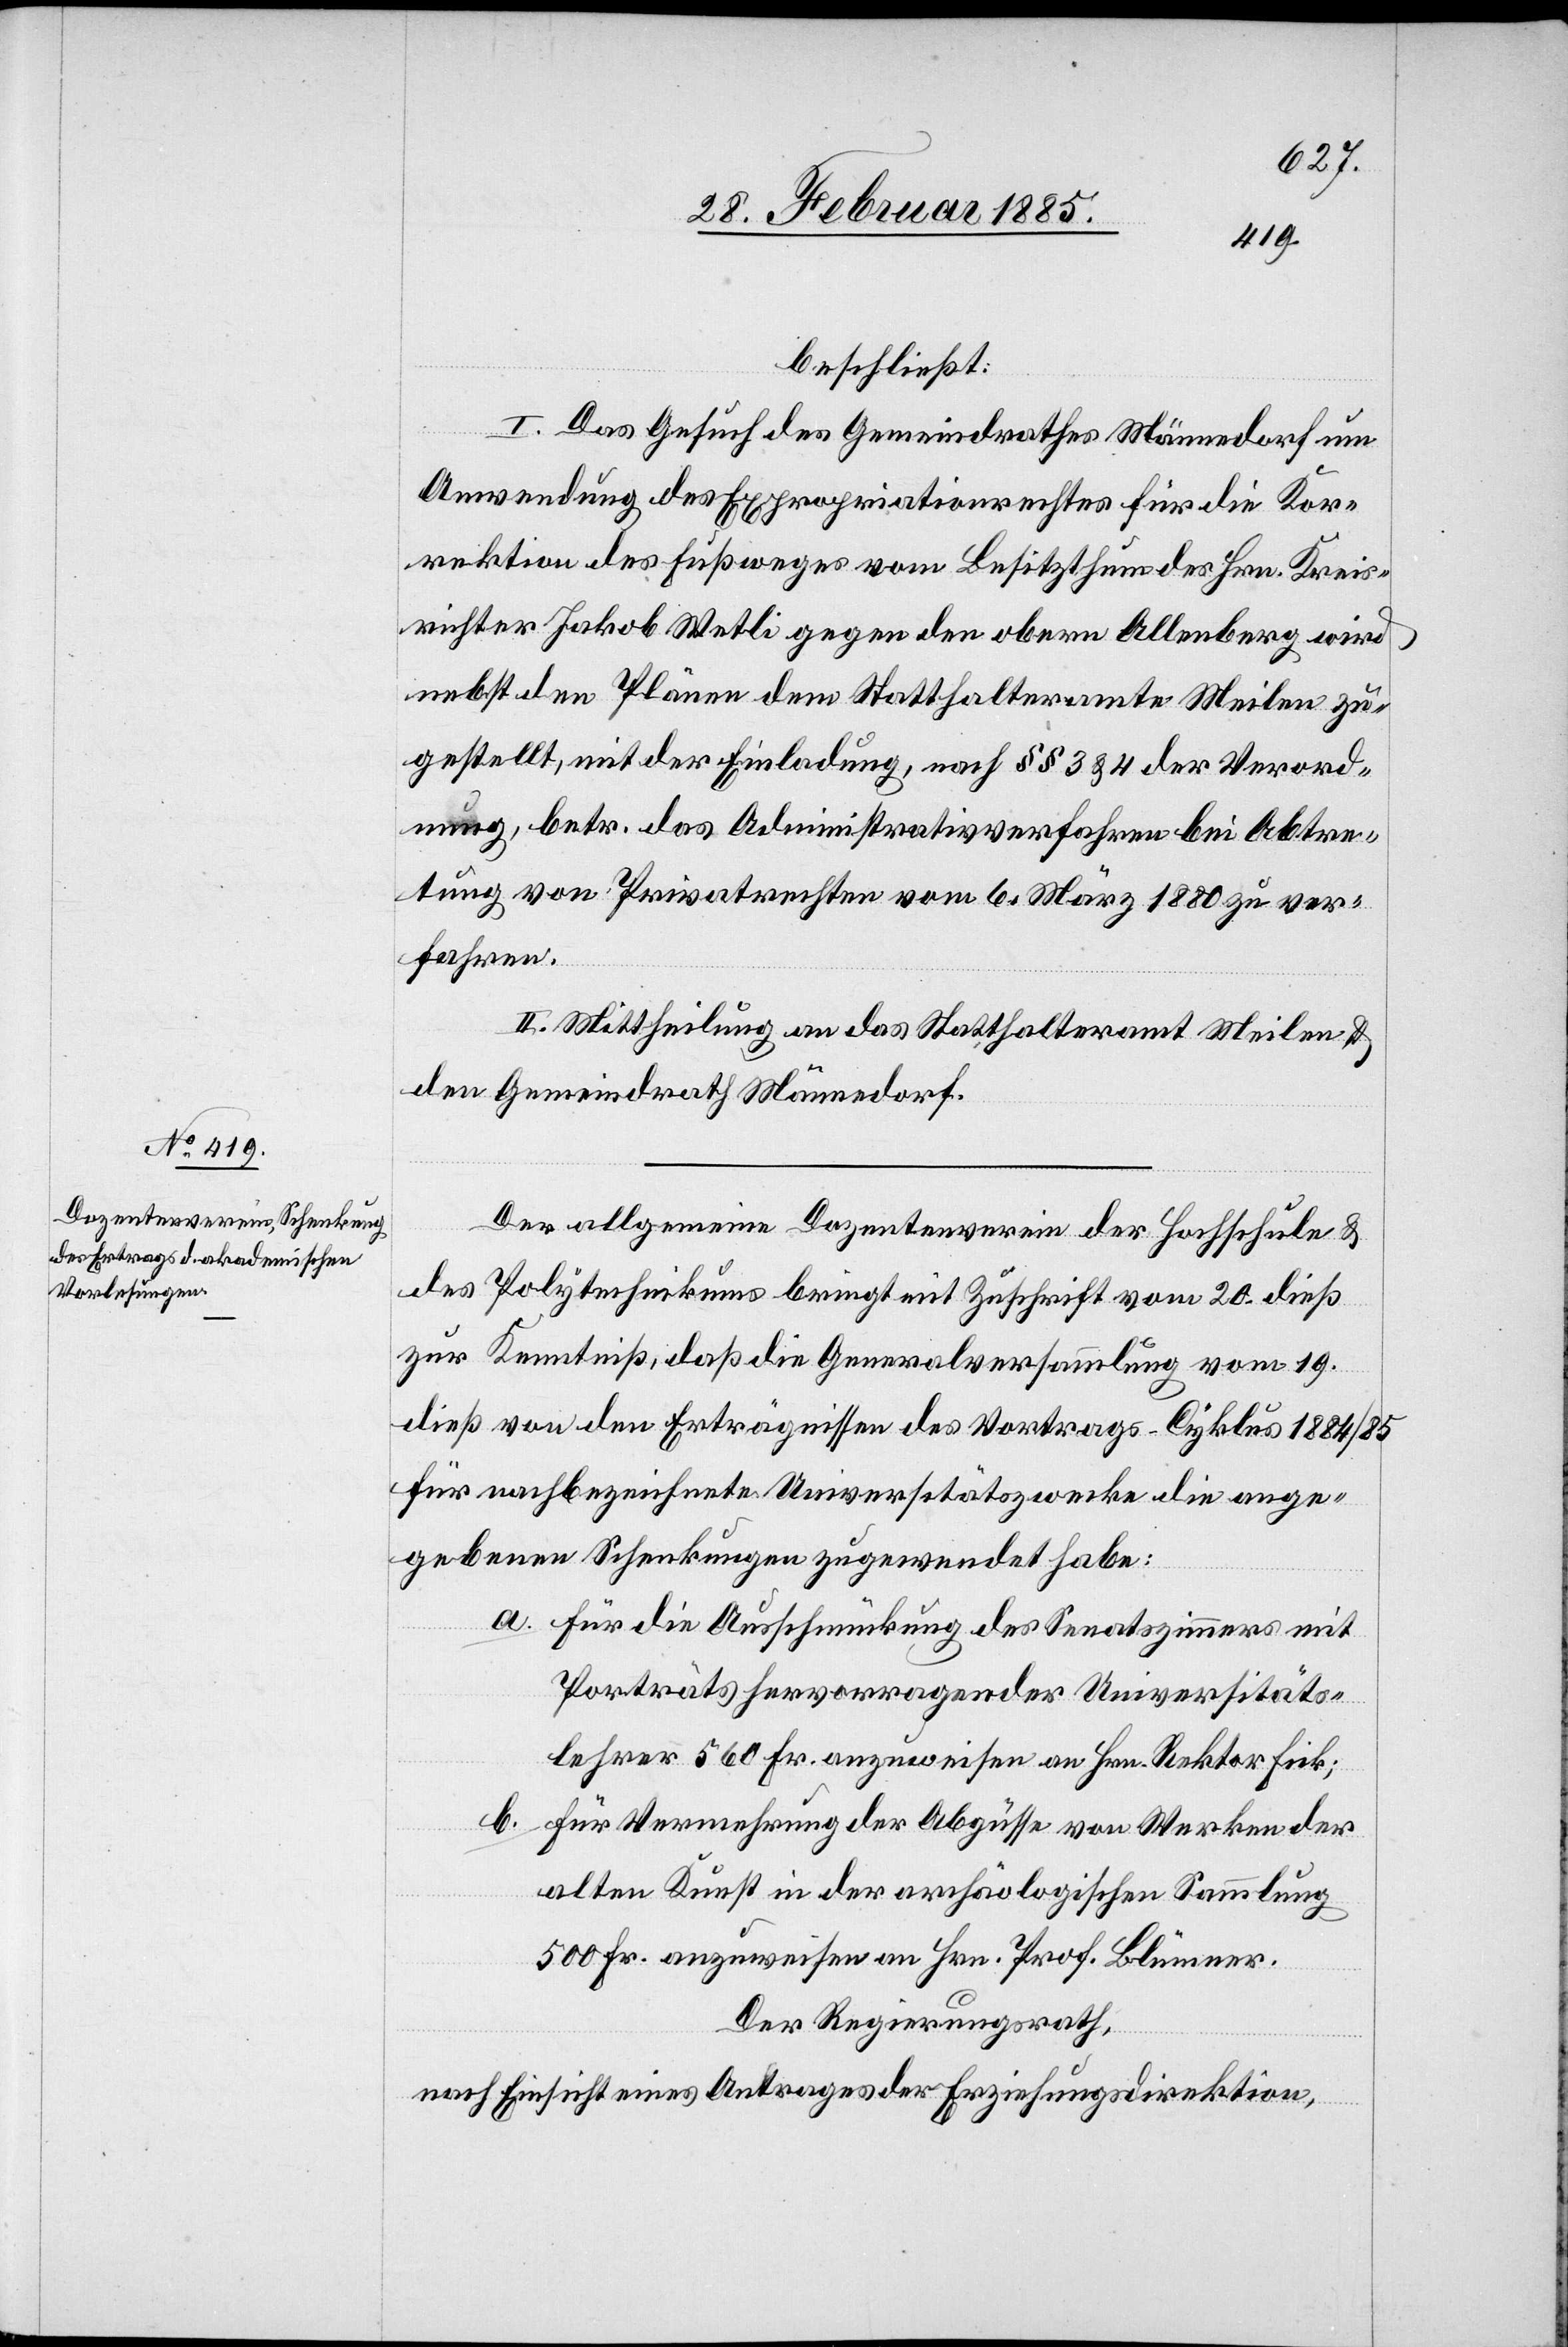
beschließt:
I. Das Gesuch des Gemeindrathes Männedorf um
Anwendung des Expropriationsrechtes für die Kor¬
rektion des Fußweges vom Besitzthum des Hrn. Kreis¬
richter Jakob Wetli gegen den obern Allenberg wird
nebst den Plänen dem Statthalteramte Meilen zu¬
gestellt, mit der Einladung, nach §§ 3 & 4 der Verord¬
nung, betr. das Administrativverfahren bei Abtre¬
tung von Privatrechten vom 6. März 1880 ver¬
fahren.
II. Mittheilung an das Statthalteramt Meilen &
den Gemeindrath Männedorf.
Der allgemeine Dozentenverein der Hochschule &
des Polytechnikums bringt mit Zuschrift vom 20. dieß
zur Kenntniß, daß die Generalversammlung vom 19.
dieß von den Erträgnissen des Vortrags-Cyklus 1884/85
für nachbezeichnete Universitätszwecke die ange¬
gebenen Schenkungen zugewendet habe:
a. für die Ausschmückung des Senatszimmers mit
Portraits hervorragender Universitäts¬
lehrer 560 Fr. angewiesen an Hrn. Rektor Fick;
b. für Vermehrung der Abgüsse von Werken der
alten Kunst in der archäologischen Sammlung
500 Fr. auszuweisen an Hrn. Prof. Blumer.
Der Regierungsrath,
nach Einsicht eines Antrages der Erziehungsdirektion,